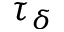
\tau _ { \delta }